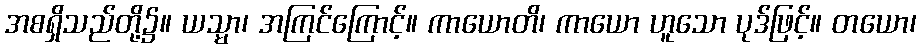
အစရှိသည်တို့၌။ ယသ္မာ၊ အကြင်ကြောင့်။ ကာယောတိ၊ ကာယော ဟူသော ပုဒ်ဖြင့်။ တယော၊